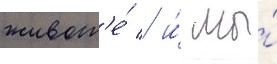
живот'е́ / и́ мы́